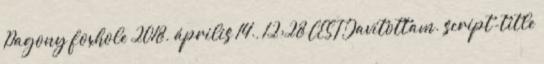
Pagony foxhole 2018. április 14., 12:28 CEST Javítottam. script-title